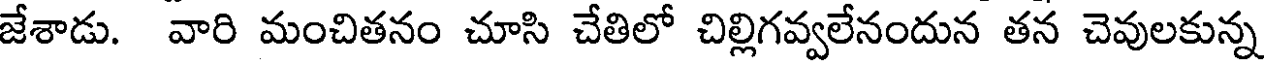
జేశాడు. వారి మంచితనం చూసి చేతిలో చిల్లిగవ్వలేనందున తన చెవులకున్న